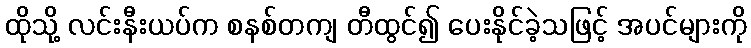
ထိုသို့ လင်းနီးယပ်က စနစ်တကျ တီထွင်၍ ပေးနိုင်ခဲ့သဖြင့် အပင်များကို